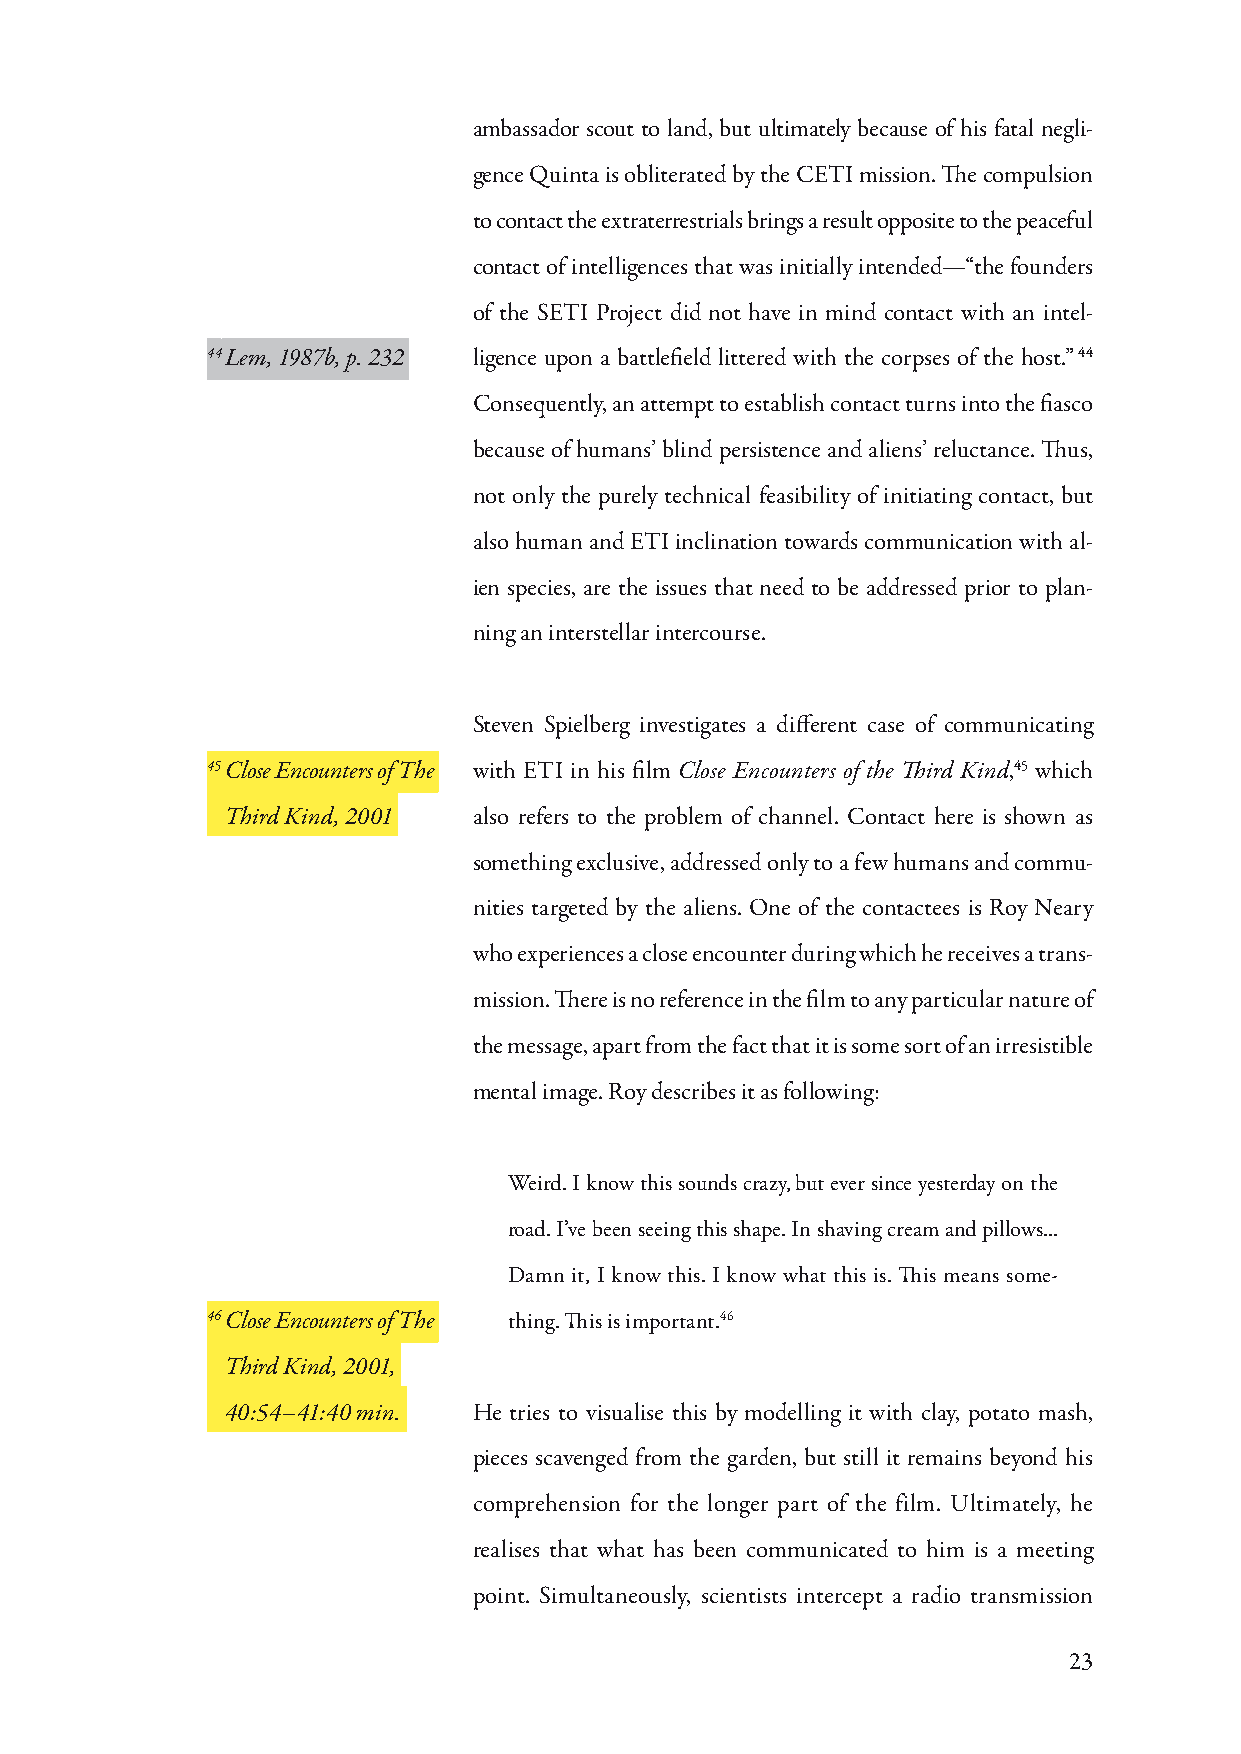
ambassador scout to land, but ultimately because of his fatal negli-
 gence Quinta is obliterated by the CETI mission. The compulsion
 to contact the extraterrestrials brings a result opposite to the peaceful
 contact of intelligences that was initially intended—“the founders
 of the SETI Project did not have in mind contact with an intel-
 44 Lem, 1987b, p. 232 ligence upon a battlefield littered with the corpses of the host.” 44
 Consequently, an attempt to establish contact turns into the fiasco
 because of humans’ blind persistence and aliens’ reluctance. Thus,
 not only the purely technical feasibility of initiating contact, but
 also human and ETI inclination towards communication with al-
 ien species, are the issues that need to be addressed prior to plan-
 ning an interstellar intercourse.
 Steven Spielberg investigates a different case of communicating
 45 Close Encounters of The with ETI in his film Close Encounters of the Third Kind,45 which
 Third Kind, 2001 also refers to the problem of channel. Contact here is shown as
 something exclusive, addressed only to a few humans and commu-
 nities targeted by the aliens. One of the contactees is Roy Neary
 who experiences a close encounter during which he receives a trans-
 mission. There is no reference in the film to any particular nature of
 the message, apart from the fact that it is some sort of an irresistible
 mental image. Roy describes it as following:
 Weird. I know this sounds crazy, but ever since yesterday on the
 road. I’ve been seeing this shape. In shaving cream and pillows...
 Damn it, I know this. I know what this is. This means some-
 46 Close Encounters of The thing. This is important.46
 Third Kind, 2001,
 40:54–41:40 min. He tries to visualise this by modelling it with clay, potato mash,
 pieces scavenged from the garden, but still it remains beyond his
 comprehension for the longer part of the film. Ultimately, he
 realises that what has been communicated to him is a meeting
 point. Simultaneously, scientists intercept a radio transmission
 23